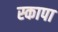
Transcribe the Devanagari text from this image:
स्कापा